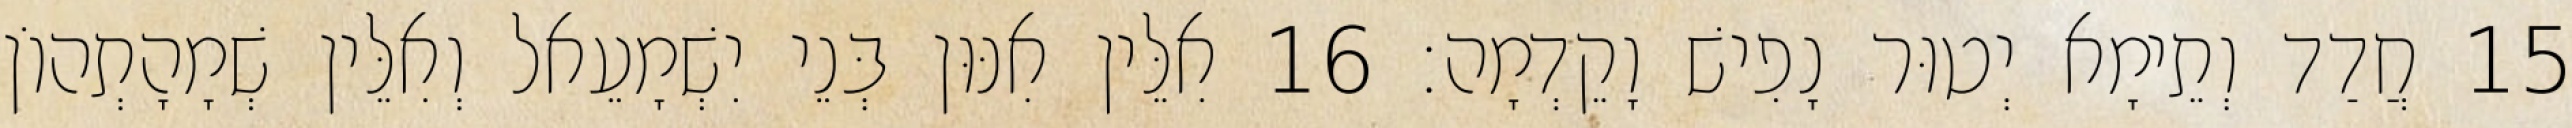
15 חֲדַד וְתֵימָא יְטוּר נָפִישׁ וָקֵדְמָה׃ 16 אִלֵּין אִנּוּן בְּנֵי יִשְׁמָעֵאל וְאִלֵּין שְׁמָהָתְהוֹן